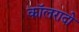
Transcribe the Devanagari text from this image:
कॉलरादो